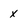
Character: x